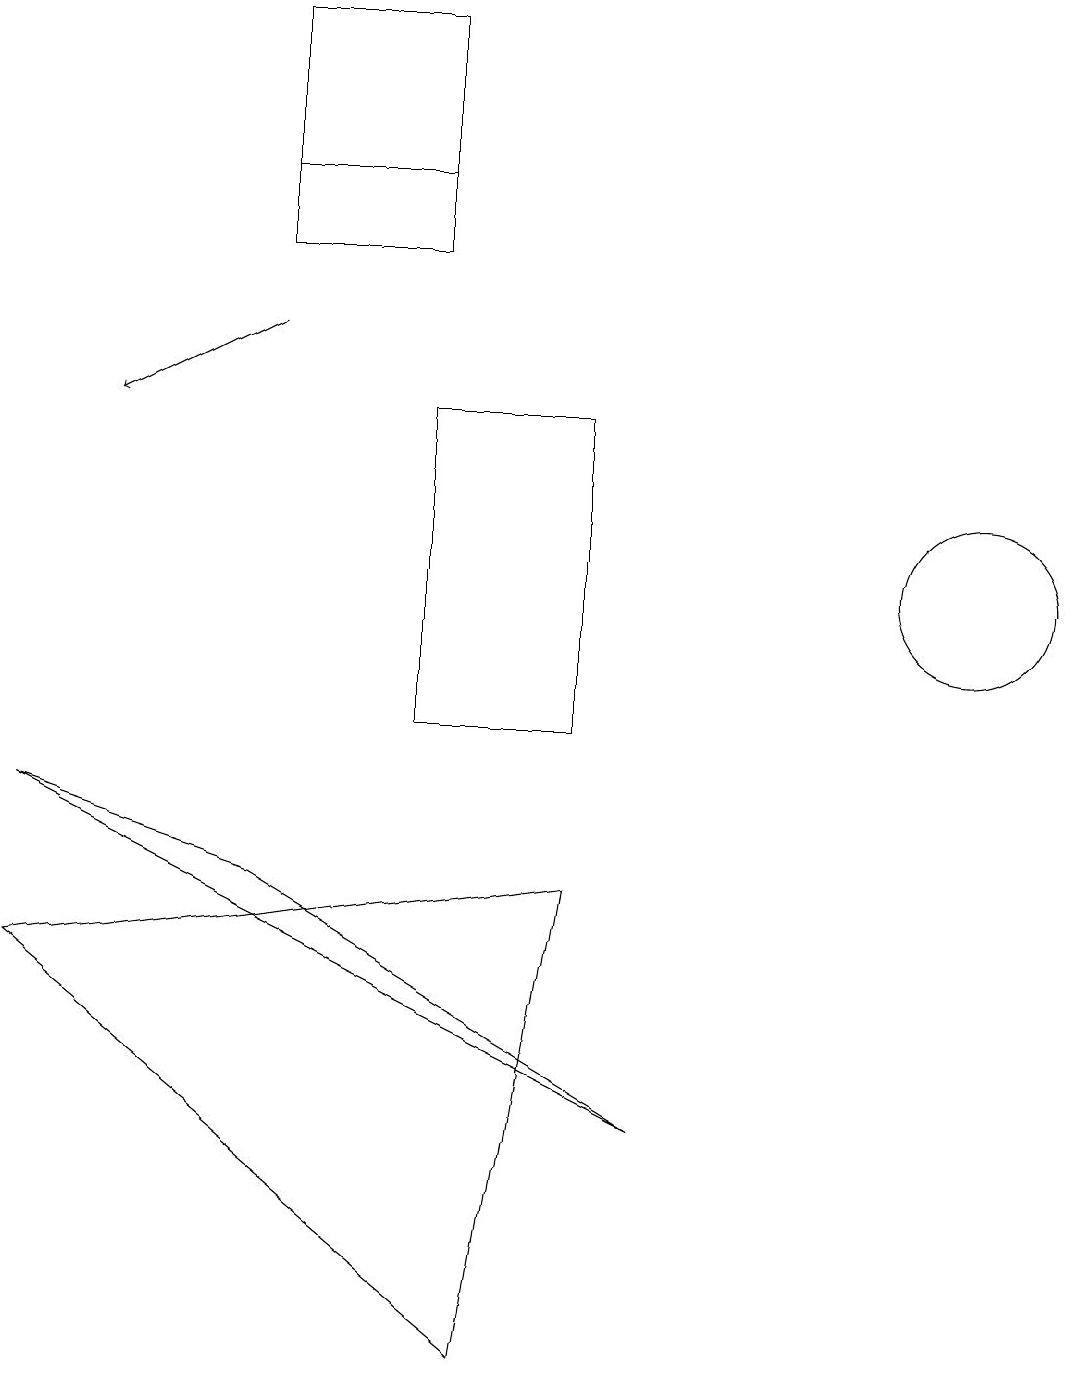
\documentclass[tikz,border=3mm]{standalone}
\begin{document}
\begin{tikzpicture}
\draw (8,5) -- (0,9) -- (3,8) -- cycle;
\draw (7,10) rectangle (5,14);
\draw[->] (3,15) -- (1,14);
\draw (12,12) circle (1);
\draw (3,17) rectangle (5,16);
\draw (5,19) rectangle (3,17);
\draw (7,8) -- (6,2) -- (0,7) -- cycle;
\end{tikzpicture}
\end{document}